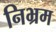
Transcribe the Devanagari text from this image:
निभ्रम